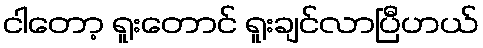
ငါတော့ ရူးတောင် ရူးချင်လာပြီဟယ်